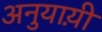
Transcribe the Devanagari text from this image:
अनुयाय़ी